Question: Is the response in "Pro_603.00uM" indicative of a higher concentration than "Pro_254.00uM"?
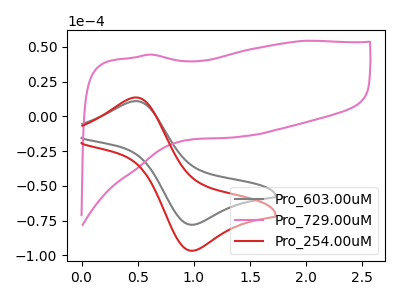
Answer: <think>The gray curve "Pro_603.00uM" has an anodic peak at (0.50V, 10.95uA) and a cathodic peak at (1.00V, -78.00uA). The pink curve "Pro_729.00uM" has no peaks. The red curve "Pro_254.00uM" has an anodic peak at (0.50V, 13.55uA) and a cathodic peak at (1.00V, -96.70uA).
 All the peaks in "Pro_603.00uM" have a peak in "Pro_254.00uM" at the same potential. Every peak in "Pro_603.00uM" is lower than every peak in "Pro_254.00uM".</think>
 <answer>"Pro_603.00uM" has less signal than "Pro_254.00uM".</answer>
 <eval>less_signal</eval>